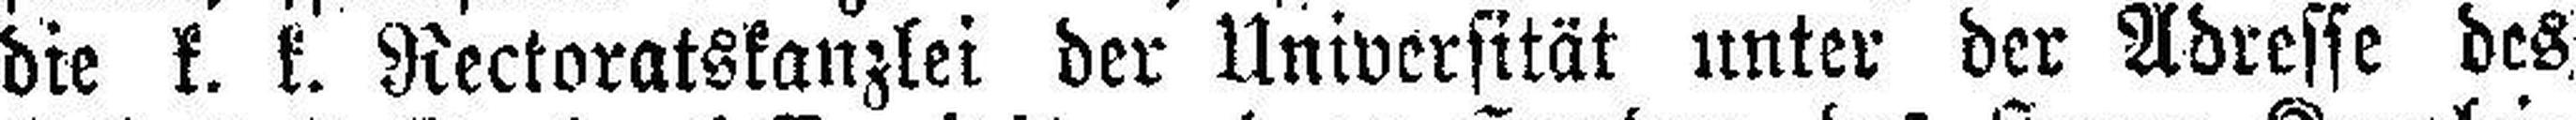
die k. k. Rectoratskanzlei der Universität unter der Adresse des